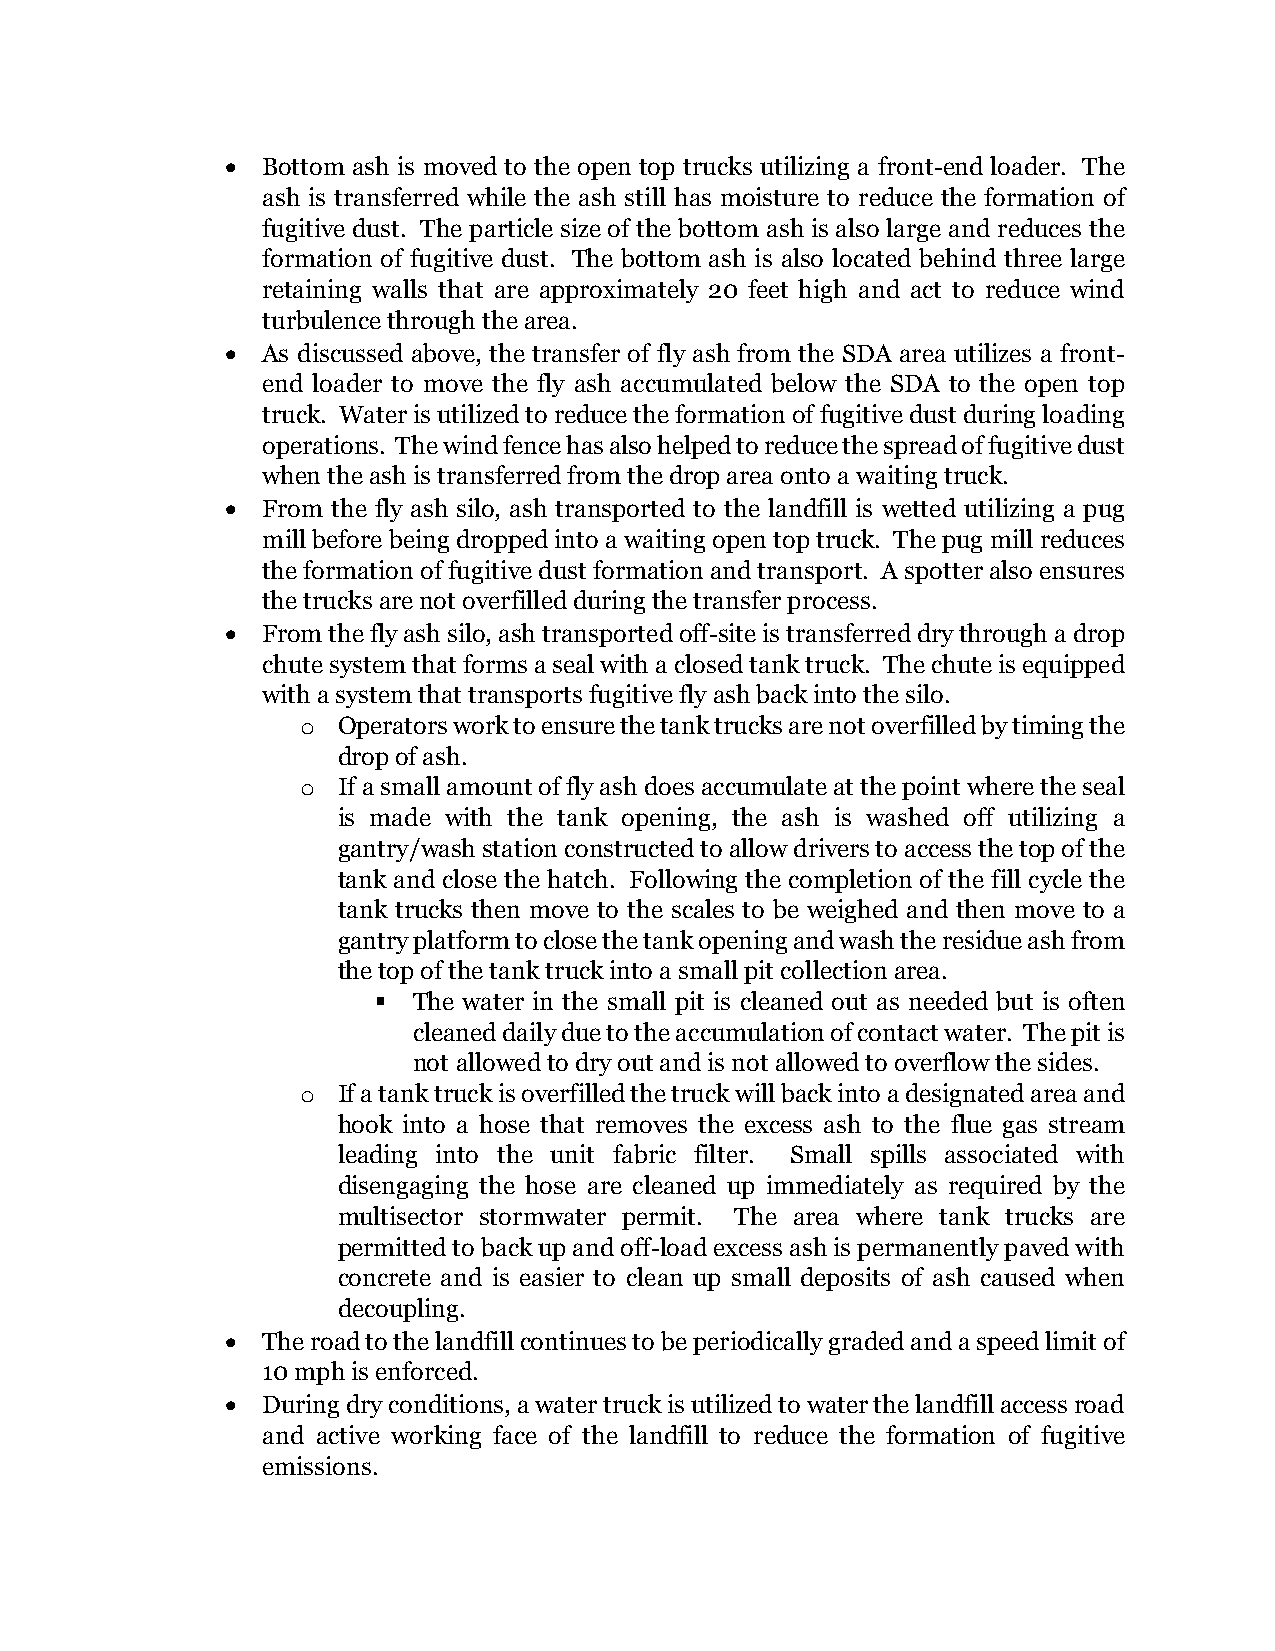
 Bottom ash is moved to the open top trucks utilizing a front-end loader. The
 ash is transferred while the ash still has moisture to reduce the formation of
 fugitive dust. The particle size of the bottom ash is also large and reduces the
 formation of fugitive dust. The bottom ash is also located behind three large
 retaining walls that are approximately 20 feet high and act to reduce wind
 turbulence through the area.
  As discussed above, the transfer of fly ash from the SDA area utilizes a front-
 end loader to move the fly ash accumulated below the SDA to the open top
 truck. Water is utilized to reduce the formation of fugitive dust during loading
 operations. The wind fence has also helped to reduce the spread of fugitive dust
 when the ash is transferred from the drop area onto a waiting truck.
  From the fly ash silo, ash transported to the landfill is wetted utilizing a pug
 mill before being dropped into a waiting open top truck. The pug mill reduces
 the formation of fugitive dust formation and transport. A spotter also ensures
 the trucks are not overfilled during the transfer process.
  From the fly ash silo, ash transported off-site is transferred dry through a drop
 chute system that forms a seal with a closed tank truck. The chute is equipped
 with a system that transports fugitive fly ash back into the silo.
 o Operators work to ensure the tank trucks are not overfilled by timing the
 drop of ash.
 o If a small amount of fly ash does accumulate at the point where the seal
 is made with the tank opening, the ash is washed off utilizing a
 gantry/wash station constructed to allow drivers to access the top of the
 tank and close the hatch. Following the completion of the fill cycle the
 tank trucks then move to the scales to be weighed and then move to a
 gantry platform to close the tank opening and wash the residue ash from
 the top of the tank truck into a small pit collection area.
  The water in the small pit is cleaned out as needed but is often
 cleaned daily due to the accumulation of contact water. The pit is
 not allowed to dry out and is not allowed to overflow the sides.
 o If a tank truck is overfilled the truck will back into a designated area and
 hook into a hose that removes the excess ash to the flue gas stream
 leading into the unit fabric filter. Small spills associated with
 disengaging the hose are cleaned up immediately as required by the
 multisector stormwater permit. The area where tank trucks are
 permitted to back up and off-load excess ash is permanently paved with
 concrete and is easier to clean up small deposits of ash caused when
 decoupling.
  The road to the landfill continues to be periodically graded and a speed limit of
 10 mph is enforced.
  During dry conditions, a water truck is utilized to water the landfill access road
 and active working face of the landfill to reduce the formation of fugitive
 emissions.